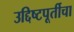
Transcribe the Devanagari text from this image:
उद्दिष्टपूर्तीचा